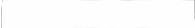
١١٢